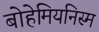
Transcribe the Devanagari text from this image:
बोहेमियनिस्म